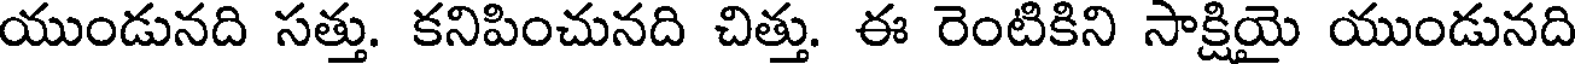
యుండునది సత్తు. కనిపించునది చిత్తు. ఈ రెంటికిని సాక్షియై యుండునది